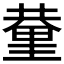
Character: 𨤬